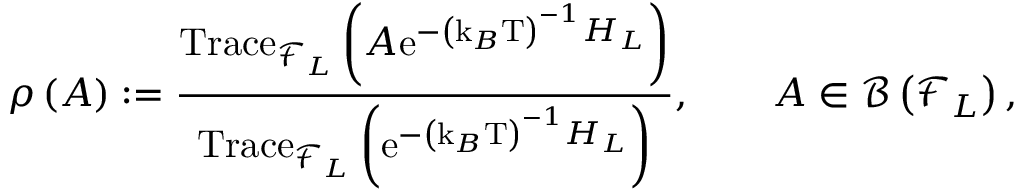
\rho \left( A \right) : = \frac { \mathrm { T r a c e } _ { \mathcal { F } _ { L } } \left( A \mathrm { e } ^ { - \left( \mathrm { k } _ { B } \mathrm { T } \right) ^ { - 1 } H _ { L } } \right) } { \mathrm { T r a c e } _ { \mathcal { F } _ { L } } \left( \mathrm { e } ^ { - \left( \mathrm { k } _ { B } \mathrm { T } \right) ^ { - 1 } H _ { L } } \right) } , \qquad A \in \mathcal { B } \left( \mathcal { F } _ { L } \right) ,